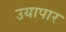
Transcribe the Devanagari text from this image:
उयापार